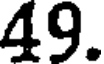
49.